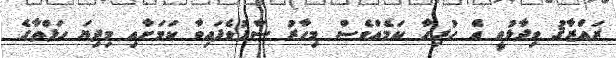
ރައްޒާޤު ވިދާޅުވީ އެ ހުރިހާ ކަމެއްވެސް މިހާރު ސާފުވެފައިވާ ކަމަށާއި މިދިޔަ ހަފްތާގެ